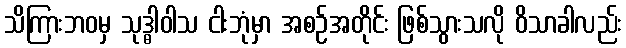
သိကြားဘဝမှ သုဒ္ဓါဝါသ ငါးဘုံမှာ အစဉ်အတိုင်း ဖြစ်သွားသလို ဝိသာခါလည်း